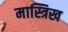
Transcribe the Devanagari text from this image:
मास्त्रिख